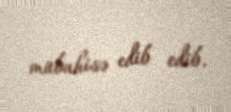
mübahisə edib edib.